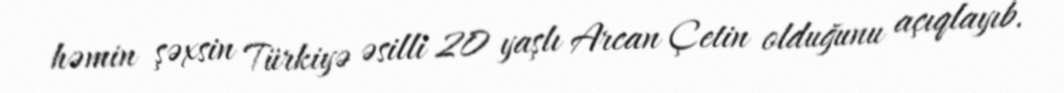
həmin şəxsin Türkiyə əsilli 20 yaşlı Arcan Çetin olduğunu açıqlayıb.